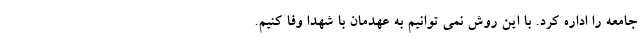
جامعه را اداره کرد. با این روش نمی توانیم به عهدمان با شهدا وفا کنیم.